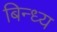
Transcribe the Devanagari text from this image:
बिन्ध्य